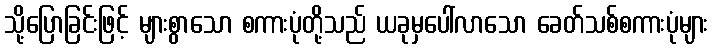
သို့ပြောခြင်းဖြင့် များစွာသော စကားပုံတို့သည် ယခုမှပေါ်လာသော ခေတ်သစ်စကားပုံများ